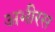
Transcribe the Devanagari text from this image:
अभीरस